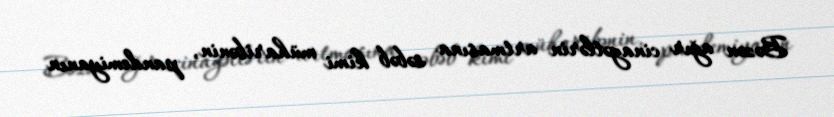
Bəzən ağır cinayətlərin artmasına səbəb kimi müharibənin, pandemiyanın